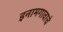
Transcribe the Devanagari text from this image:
इनामगावाचे